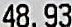
48.93